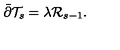
\bar { \partial } \mathcal { T } _ { s } = \lambda \mathcal { R } _ { s - 1 } .